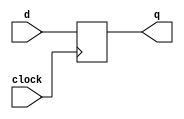
module dff_beh (input d,    
              input clock,  
	      
              output reg q);  
  initial q<=0;
  always @ (posedge clock) 
          q <= d;  
endmodule